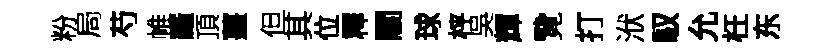
粉局芍帷羅頂薑但其位釋關球枰吳輝覽打洑馭允枉东